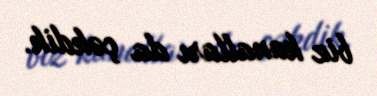
biz kanalları da çəkdik.